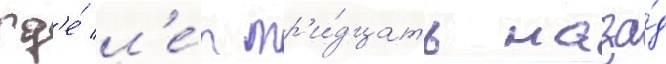
гд'е́ л'е́т тр'и́дцать наза́д